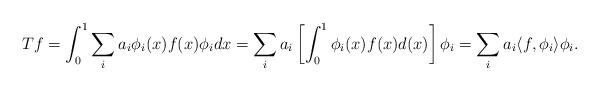
LaTeX: \begin{align*} Tf = \int_0^1 \sum_i a_i \phi_i(x) f(x) \phi_i dx=\sum_i a_i \left[ \int_0^1 \phi_i(x) f(x) d(x) \right] \phi_i =\sum_i a_i \langle f, \phi_i\rangle \phi_i.\end{align*}